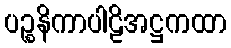
ပဉ္စနိကာပါဠိအဋ္ဌကထာ